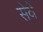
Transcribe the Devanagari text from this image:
सेवें